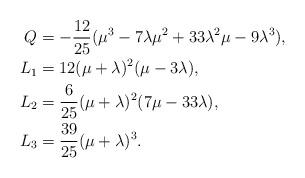
LaTeX: \begin{align*} Q & = -\frac{12}{25}(\mu^3 - 7\lambda\mu^2 + 33\lambda^2\mu - 9\lambda^3) , \\ L_1 & = 12(\mu+\lambda)^2(\mu-3\lambda) , \\ L_2 & = \frac{6}{25}(\mu+\lambda)^2(7\mu-33\lambda) , \\ L_3 & = \frac{39}{25}(\mu+\lambda)^3 . \end{align*}